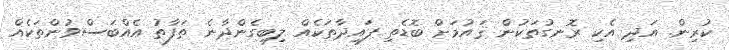
ކުރިން. އަދި އެކި ރޮނގުތަކުން ޤައުމަށް ބޮޑެތި ފައިދާތަކެއް ލިބިގެންދާނެ ތަފާތު އެއްބަސްވުންތަކެއް